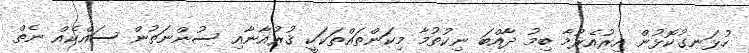
ހުޅަނގުކޮޅުން އިރުއެރުމާ ބިމު ދާއްބަ ނިކުތުމާ މިކަންތައްތަކަކީ ޤުރުއާނާއި ސުންނަތުން ސައްކެއް ނެތް